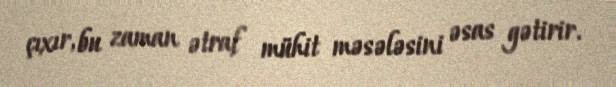
çıxır, bu zaman ətraf mühit məsələsini əsas gətirir.